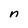
Character: n